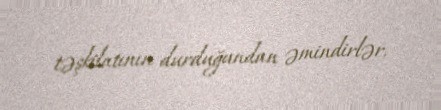
təşkilatının durduğundan əmindirlər.